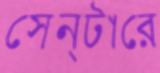
সেন্টারে